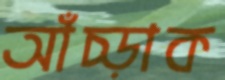
আঁচ্‌ড়াক